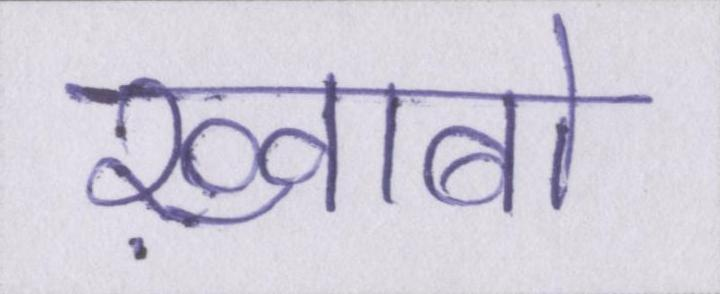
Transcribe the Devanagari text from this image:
ख़्वाबों